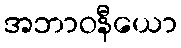
အဘာဝနီယော